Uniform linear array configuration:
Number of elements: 12
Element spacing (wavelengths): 0.75
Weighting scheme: cosine
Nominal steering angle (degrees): -15
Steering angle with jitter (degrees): -13.907
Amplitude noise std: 0.05
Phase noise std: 0.05

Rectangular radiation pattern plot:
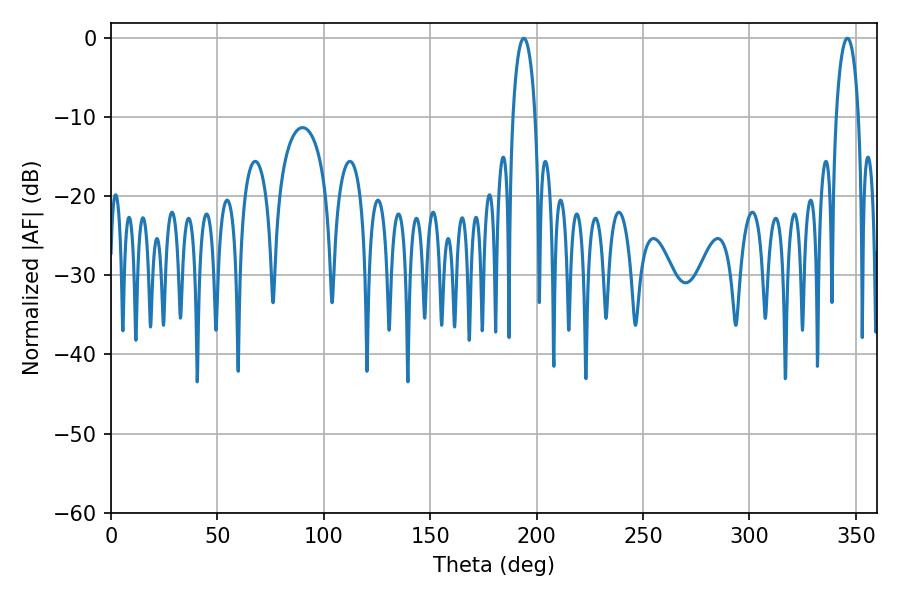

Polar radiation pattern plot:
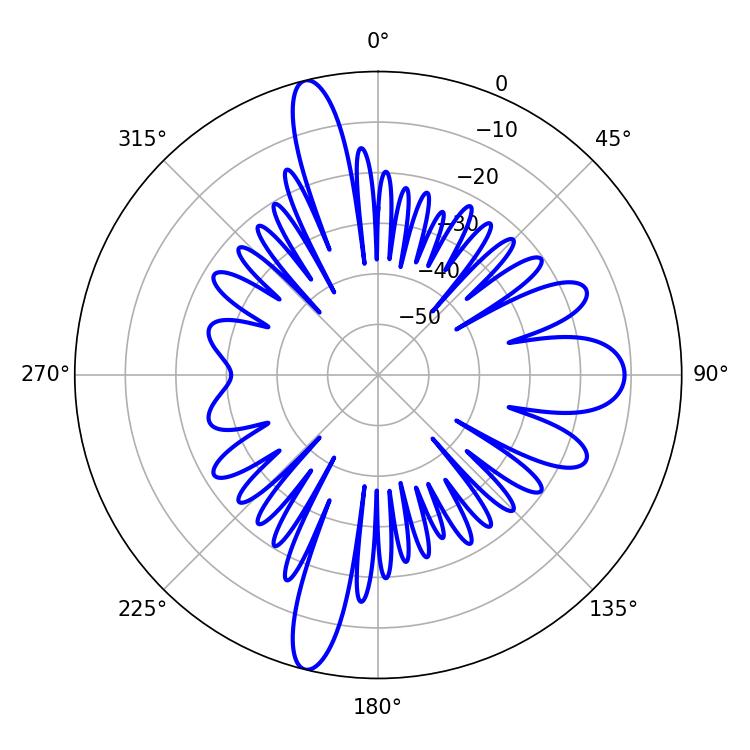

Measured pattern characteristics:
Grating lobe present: TRUE
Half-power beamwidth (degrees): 5.94
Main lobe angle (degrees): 194.04